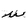
Character: u